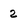
Character: 2